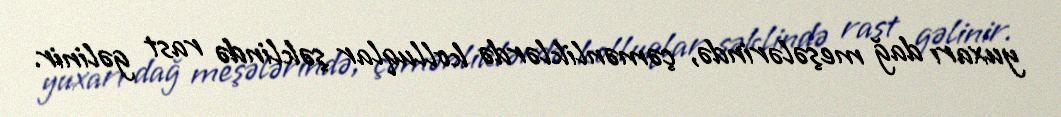
yuxarı dağ meşələrində, çəmənliklərdə kolluqlar şəklində rast gəlinir.